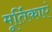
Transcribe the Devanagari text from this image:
मूर्तिकाएं